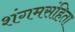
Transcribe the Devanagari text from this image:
शंगमसंहिता